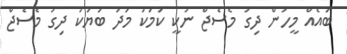
ބައެއް މީހުން ދިގު މެސެޖް ނުކީ ކަމަކު މަދު ބަޔަކު ދިގު މެސެޖް